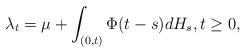
LaTeX: \begin{align*}\lambda_t = \mu + \int_{(0,t)} \Phi(t-s) dH_s, t\geq 0,\end{align*}